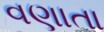
વણાતા